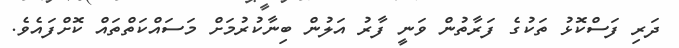
ދަރި ފަސްކޮޅު ތަކުގެ ފަރާތުން ވަނީ ފާރު އަލުން ބިނާކުރުމަށް މަސައްކަތްތައް ކޮށްފައެވެ.